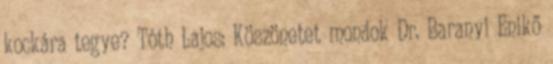
kockára tegye? Tóth Lajos: Köszönetet mondok Dr. Baranyi Enikő